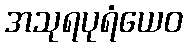
အသုရပုရံယေဝ